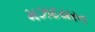
મઝદયરન